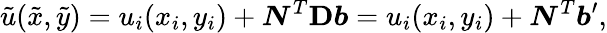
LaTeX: \tilde{u}(\tilde{x},\tilde{y})=u_{i}(x_{i},y_{i})+\boldsymbol{N}^{T}\mathbf{D}\boldsymbol{b}=u_{i}(x_{i},y_{i})+\boldsymbol{N}^{T}\boldsymbol{b}^{\prime},